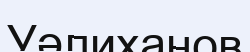
Уәлиханов